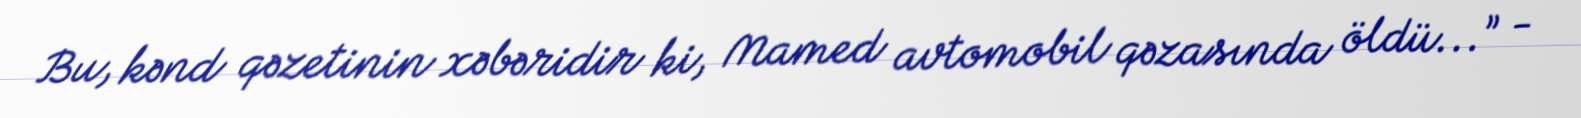
Bu, kənd qəzetinin xəbəridir ki, Mamed avtomobil qəzasında öldü...” -